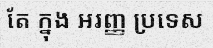
តែ ក្នុង អរញ្ញ ប្រទេស